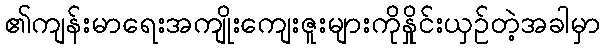
၏ကျန်းမာရေးအကျိုးကျေးဇူးများကိုနှိုင်းယှဉ်တဲ့အခါမှာ